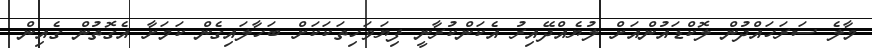
މާލެ ސަރަހައްދުން ލޮކްޑައުންއަށް ލުޔެއްދޭއިރު އެކަންކުރާނީ ފިޔަވަހިތަކަކަށް ބަހާލައިގެން ކަމަށާ އެގޮތުން ގެއިން